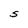
Character: S